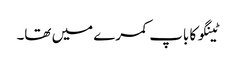
ٹینگو کا باپ کمرے میں تھا۔